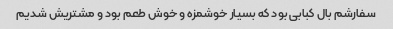
سفارشم بال کبابی بود که بسیار خوشمزه و خوش طعم بود و مشتریش شدیم